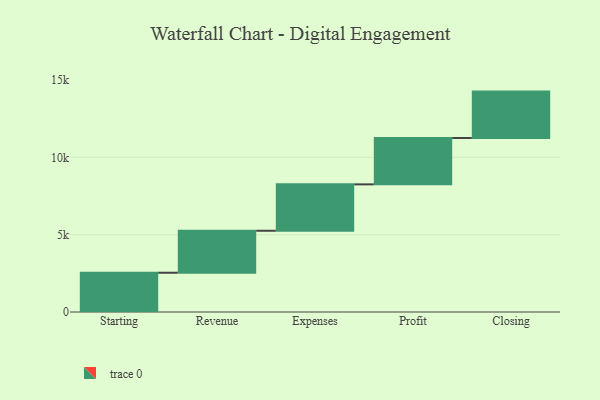
{"axis": {"x": "Step", "y": "Value"}, "legend": [""], "data": [{"x": "Starting", "y": 2539.0, "type": ""}, {"x": "Revenue", "y": 2716.0, "type": ""}, {"x": "Expenses", "y": 3000, "type": ""}, {"x": "Profit", "y": 3000, "type": ""}, {"x": "Closing", "y": 3000, "type": ""}]}